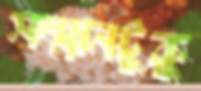
সম্মানটুকু